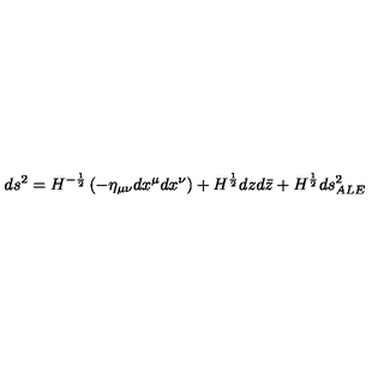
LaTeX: d s ^ { 2 } = H ^ { - \frac { 1 } { 2 } } \left( - \eta _ { \mu \nu } d x ^ { \mu } d x ^ { \nu } \right) + H ^ { \frac { 1 } { 2 } } d z d \bar { z } + H ^ { \frac { 1 } { 2 } } d s _ { A L E } ^ { 2 }